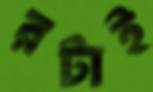
রটাই